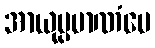
အာယုပ္ပမာဏံပေ